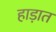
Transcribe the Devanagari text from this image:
हाड़ात